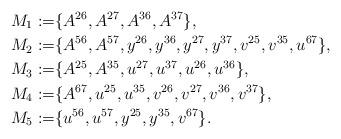
LaTeX: \begin{align*}M_1:= &\{ A^{26},A^{27}, A^{36}, A^{37}\},\\ M_2:= &\{A^{56},A^{57}, y^{26}, y^{36}, y^{27}, y^{37}, v^{25}, v^{35}, u^{67}\},\\M_3:= &\{A^{25},A^{35}, u^{27}, u^{37}, u^{26}, u^{36}\},\\M_4:= &\{A^{67}, u^{25}, u^{35}, v^{26}, v^{27}, v^{36}, v^{37}\},\\M_5:= &\{u^{56}, u^{57}, y^{25}, y^{35}, v^{67}\}.\end{align*}